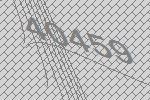
40459